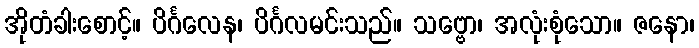
အိုတံခါးစောင့်။ ပိင်္ဂလေန၊ ပိင်္ဂလမင်းသည်။ သဗ္ဗော၊ အလုံးစုံသော။ ဇနော၊